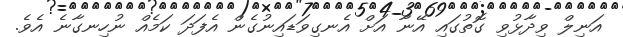
އަނިލް ވިދާޅުވި ގޮތުގައި އޭނާ އަށް އެނގިވަޑައިނުގެން އެފަދަ ކަމެއް ނުހިނގާނެ އެވެ.